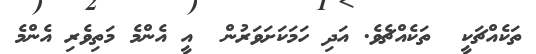
ތަކެއްޗަކީ  ތަކެއްޗެވެ. އަދި ހަމަކަށަވަރުން  އީ އެންމެ މަތިވެރި އެންމެ